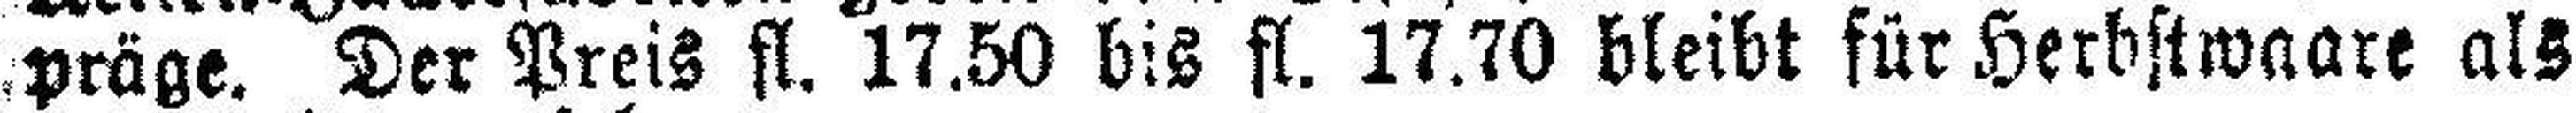
präge. Der Preis fl. 17.50 bis fl. 17.70 bleibt für Herbstwaare als